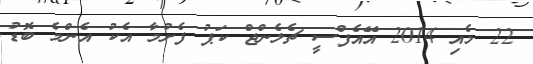
22 މެއި 2014 އޭއެފްސީ ޗެލެންޖް ކަޕު ފެށުމާ އެކު އެންމެ ބޮޑު